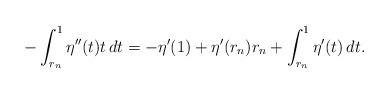
LaTeX: \begin{align*}-\int_{r_n}^1\eta''(t)t\,dt=-\eta'(1)+\eta'(r_n)r_n+\int_{r_n}^1\eta'(t)\,dt.\end{align*}